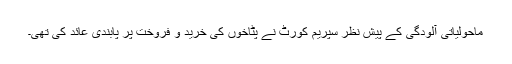
ماحولیاتی آلودگی کے پیشِ نظر سپریم کورٹ نے پٹاخوں کی خرید و فروخت پر پابندی عائد کی تھی۔